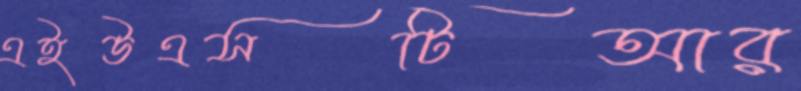
এইউএসটিআর